Report of the Hyderabad Chloroform Commission
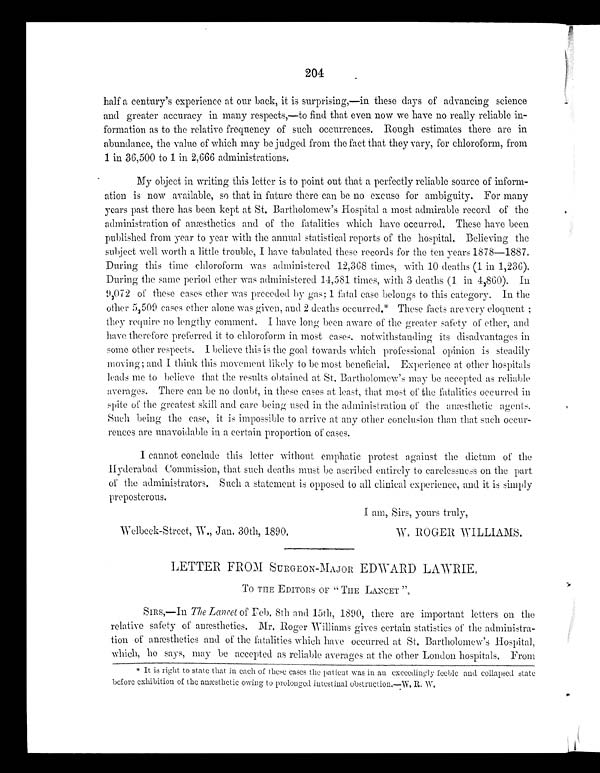
204
half a century’s experience at our back, it is surprising,—in these days of advancing science
and greater accuracy in many respects,—to find that even now we have no really reliable in-
-formation as to the relative frequency of such occurrences. Rough estimates there are in
abundance, the value of which may be judged from the fact that they vary, for chloroform, from
1 in 36,500 to 1 in 2,666 administrations.
My object in writing this letter is to point, out that a perfectly reliable source of inform
-ation is now available, so that in future there can be no excuse for ambiguity. For many
years past there has been kept at St. Bartholomew’s Hospital a most admirable record of the
administration of anæsthetics and of the fatalities which have occurred. These have been
published from year to year with the annual statistical reports of the hospital. Believing the
subject well worth a little trouble, I have tabulated these records for the ten years 1878—1887.
During this time chloroform was administered 12,368 times, with 10 deaths (1 in 1,236).
During the same period ether was administered 14,581 times, with 3 deaths (1 in 4,860). In
9,072 of these cases ether was preceded by gas; 1 fatal case belongs to this category. In the
other 5,509 cases ether alone was given, and 2 deaths occurred.* These facts are very eloquent ;
they require no lengthy comment. I have long been aware of the greater safety of ether, and
have therefore preferred it to chloroform in most cases, notwithstanding its disadvantages in
some other respects. I believe this is the goal towards which professional opinion is steadily
moving; and I think this movement likely to be most beneficial. Experience at other hospitals
leads me to believe that the results obtained at St. Bartholomew’s may be accepted as reliable
averages. There can be no doubt, in these cases at least, that most of the fatalities occurred in
spite of the greatest skill and care being used in the administration of the anæsthetic agents.
Such being the case, it is impossible to arrive at any other conclusion than that such occur
-rences are unavoidable in a certain proportion of cases.
I cannot conclude this letter without emphatic protest against the dictum of the
Hyderabad Commission, that such deaths must be ascribed entirely to carelessness on the part
of the administrators. Such a statement is opposed to all clinical experience, and it is simply
preposterous.
1 am, Sirs, yours truly,
Welbeck-Street, W., Jan. 30th, 1890.
W. ROGER WILLIAMS.
LETTER FROM SURGEON-MAJOR EDWARD LAWRIE.
To THE EDITORS OF “ THE LANCET”.
SIRS,—In The Lancet of Feb. 8th and 15th, 1890, there are important letters on the
relative safety of anæsthetics. Mr. Roger Williams gives certain statistics of the administra-
tion of anæsthetics and of' the fatalities which have occurred at St. Bartholomew’s Hospital,
which, ho says, may be accepted as reliable averages at the other London hospitals. From
* I t i s r i g h t t o s t a t e t h a t i n e a c h t h e s e c a s e s t h e p a t i e n t w a s i n a n e x c e e d i n g l y f e e b l e a n d c o l l a p s e d s t a t e b e f o r e e x h i b i t i o n o f t h e a n æ s t h e t i c o w i n g t o p r o l o n g e d i n t e s t i n a l o b s t r u c t i o n . — W . R . W .
* It is right to state that in each of these cases the patient was in an exceedingly feeble and collapsed state
before exhibition of the =esthetic owing to prolonged intestinal obstruction,--W, R. W.